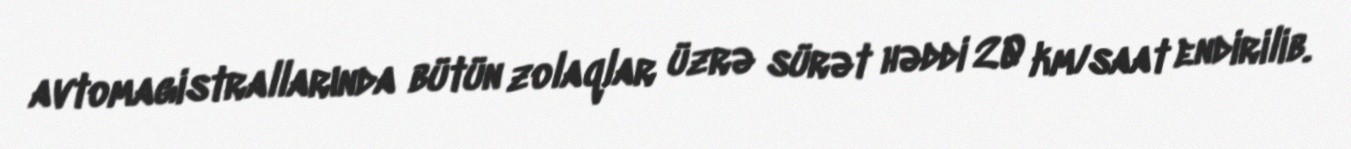
avtomagistrallarında bütün zolaqlar üzrə sürət həddi 20 km/saat endirilib.